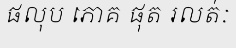
ផលុប ភោគ ផុត រលត់ៈ